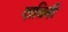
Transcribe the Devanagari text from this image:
दायिनीं